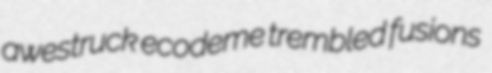
awestruck ecodeme trembled fusions